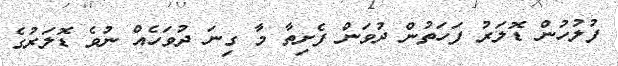
ފުލުހުން ޑޮލަރު ފަހަތުން ދުވަން ފެށިތާ މާ ގިނަ ދުވަހެއް ނުވެ ޑޮލަރުގެ